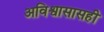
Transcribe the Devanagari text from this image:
अविश्वासासही